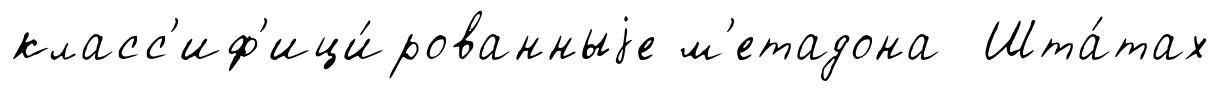
класс'иф'ици́рованныjе м'етадона Шта́тах